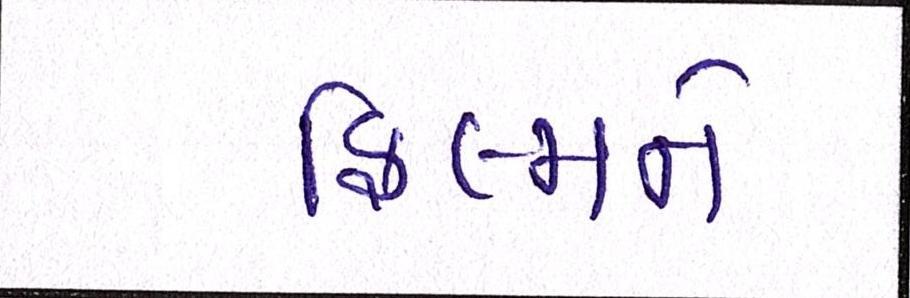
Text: ફિલ્મને